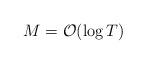
LaTeX: \begin{align*} M=\mathcal{O}(\log T)\end{align*}